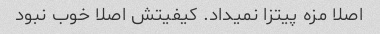
اصلا مزه پیتزا نمیداد. کیفیتش اصلا خوب نبود